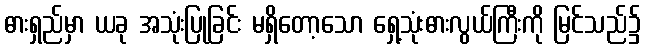
ဓားရှည်မှာ ယခု အသုံးပြုခြင်း မရှိတော့သော ရှေ့သုံးဓားလွယ်ကြီးကို မြင်သည်၌